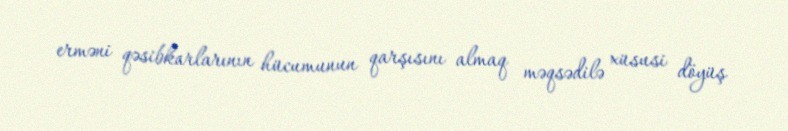
erməni qəsibkarlarının hücumunun qarşısını almaq məqsədilə xüsusi döyüş